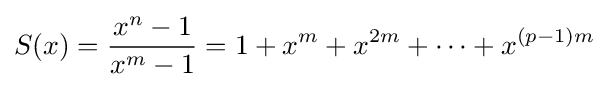
S(x)={\frac {x^{n}-1}{x^{m}-1}}=1+x^{m}+x^{2m}+\cdots +x^{(p-1)m}